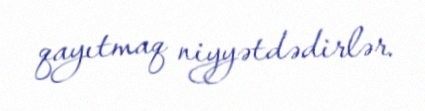
qayıtmaq niyyətdədirlər.